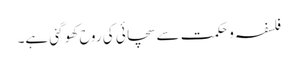
فلسفہ و حکمت سے سچائی کی روح کھو گئی ہے۔